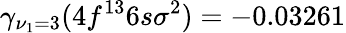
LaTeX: \gamma_{\nu_{1}=3}(4f^{13}6s\sigma^{2})=-0.03261